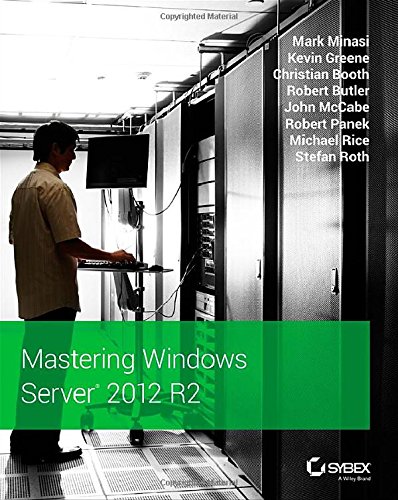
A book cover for Mastering Windows Server 2012 R2; Mark Minasi; Computers & Technology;